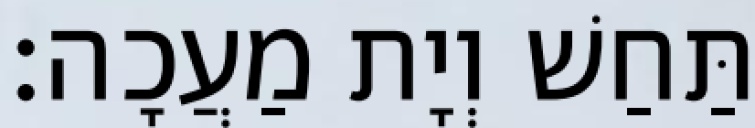
תַּחַשׁ וְיָת מַעֲכָה׃